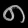
Digit: ၈